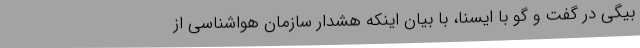
بیگی در گفت و گو با ایسنا، با بیان اینکه هشدار سازمان هواشناسی از